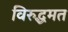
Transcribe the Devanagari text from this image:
विरुद्धमत